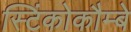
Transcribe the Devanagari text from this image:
स्टिंकोकौम्बे